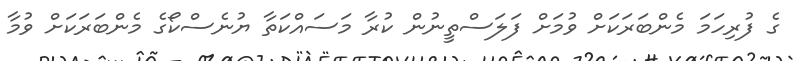
ގެ ފުރިހަމަ މެންބަރަކަށް ވުމަށް ފަލަސްތީނުން ކުރާ މަސައްކަތާ ޔުނެސްކޯގެ މެންބަރަކަށް ވުމާ